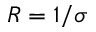
R = 1 / \sigma